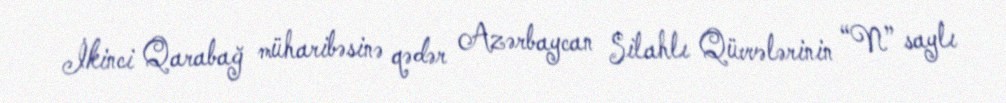
İkinci Qarabağ müharibəsinə qədər Azərbaycan Silahlı Qüvvələrinin “N” saylı